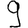
Digit: 9